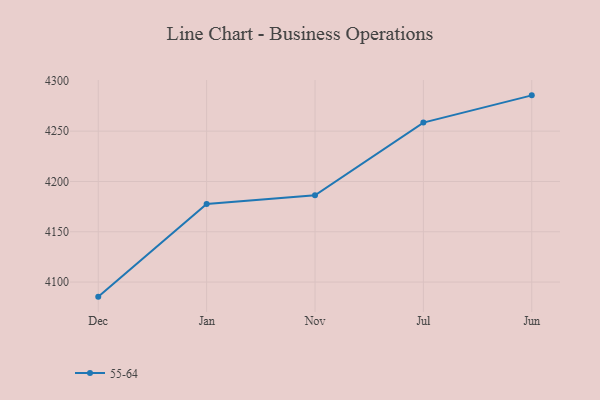
{"axis": {"x": "Month", "y": "Production Output"}, "legend": ["55-64"], "data": [{"x": "Dec", "y": 4085.5, "type": "55-64"}, {"x": "Jan", "y": 4177.6, "type": "55-64"}, {"x": "Nov", "y": 4186.3, "type": "55-64"}, {"x": "Jul", "y": 4258.5, "type": "55-64"}, {"x": "Jun", "y": 4285.6, "type": "55-64"}]}